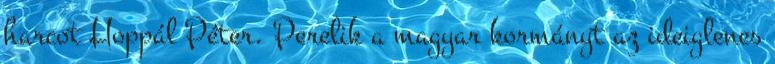
harcot Hoppál Péter. Perelik a magyar kormányt az ideiglenes